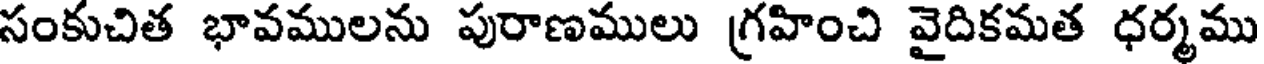
సంకుచిత భావములను పురాణములు గ్రహించి వైదికమత ధర్మము